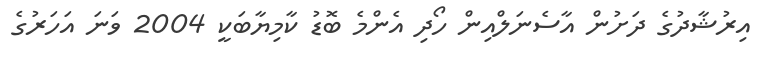
އިރުޝާދުގެ ދަށުން އާސެނަލްއިން ހޯދި އެންމެ ބޮޑު ކާމިޔާބަކީ 2004 ވަނަ އަހަރުގެ